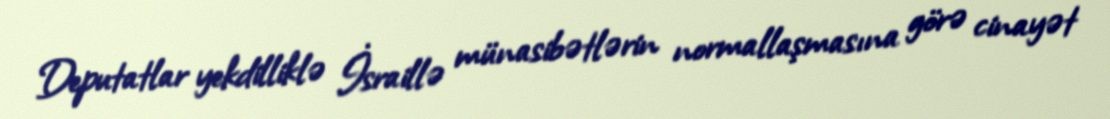
Deputatlar yekdilliklə İsraillə münasibətlərin normallaşmasına görə cinayət